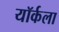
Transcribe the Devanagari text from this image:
यॉर्कला